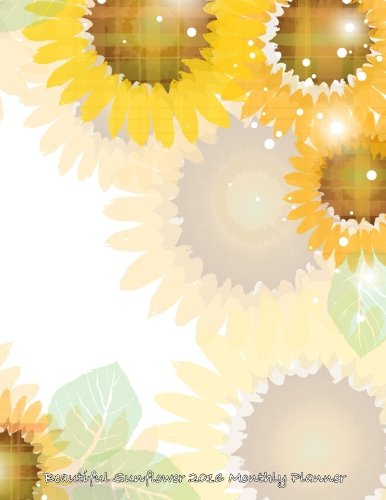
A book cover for Beautiful Sunflower 2016 Monthly Planner; Laura's Cute Planners; Business & Money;